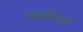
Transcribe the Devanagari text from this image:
पंचवीसही